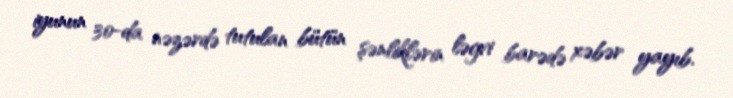
iyunun 30-da nəzərdə tutulan bütün şənliklərin ləgvi barədə xəbər yayıb.